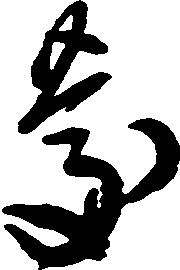
慶